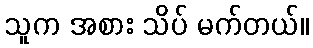
သူက အစား သိပ် မက်တယ်။